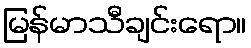
မြန်မာသီချင်းရော။